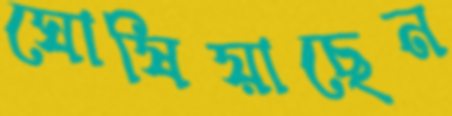
ঘোষিয়াছেন